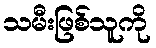
သမီးဖြစ်သူကို